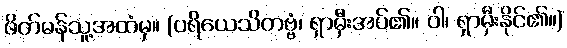
ဖိတ်မန်သူ့အထံမှ။ (ပရိယေသိတဗ္ဗံ၊ ရှာမှီးအပ်၏။ ဝါ၊ ရှာမှီးနိုင်၏။)